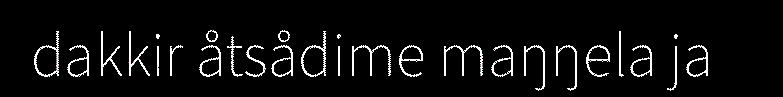
dakkir åtsådime maŋŋela ja